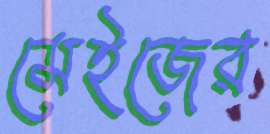
মেইজের